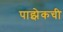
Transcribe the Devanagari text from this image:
पाझेकची